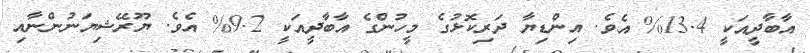
އާބާދީއަކީ 13.4% އެވެ. އިންޑިޔާ ދަރިކޮޅުގެ މީހުންގެ އާބާދީއަކީ 9.2% އެވެ. ޔޫރޭޝިޔަނުންނާއި